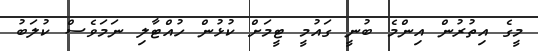
މީގެ އިތުރުން އިންމެ ބުނީ ގައުމީ ޓީމަށް ކުޅުން ހުއްޓާލި ނަމަވެސް ކުލަބު